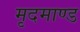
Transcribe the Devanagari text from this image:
मृदमाण्ड